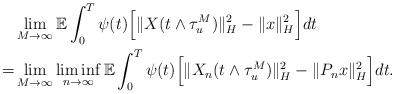
LaTeX: \begin{align*}& \lim_{M\rightarrow\infty}\mathbb{E} \int_0^T \psi(t) \Big[ \Vert X (t\wedge\tau_u^M) \Vert_H^2 - \Vert x \Vert_H^2 \Big] dt \\= & \lim_{M\rightarrow\infty}\liminf_{n\rightarrow\infty} \mathbb{E} \int_0^T \psi(t) \Big[ \Vert X_n (t\wedge\tau_u^M) \Vert_H^2 - \Vert P_n x \Vert_H^2 \Big] dt .\end{align*}